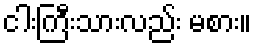
ငါးကြီးသားလည်း မစား။